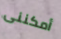
أمكننى